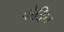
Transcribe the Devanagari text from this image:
बोदिच